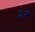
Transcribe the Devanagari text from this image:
फ्रेरे